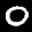
Label: 0